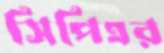
সিপিএর